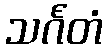
သင်္ဂတံ